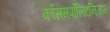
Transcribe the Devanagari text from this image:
कॉसमपॉलिटनिज़म